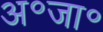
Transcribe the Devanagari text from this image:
अ॰जा॰